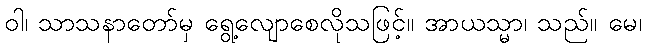
ဝါ၊ သာသနာတော်မှ ရွေ့လျောစေလိုသဖြင့်။ အာယသ္မာ၊ သည်။ မေ၊